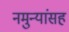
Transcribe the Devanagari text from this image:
नमुन्यांसह